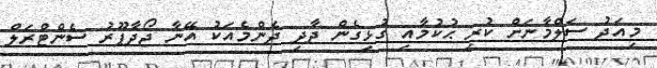
މިއަދު ސަލްމާނަށް ކުރި ޙުކުމާއި ގުޅިގެން ދާދި ދެންމެއަކު އޭނާ ޖޯދާޕޫރު ސެންޓްރަލް